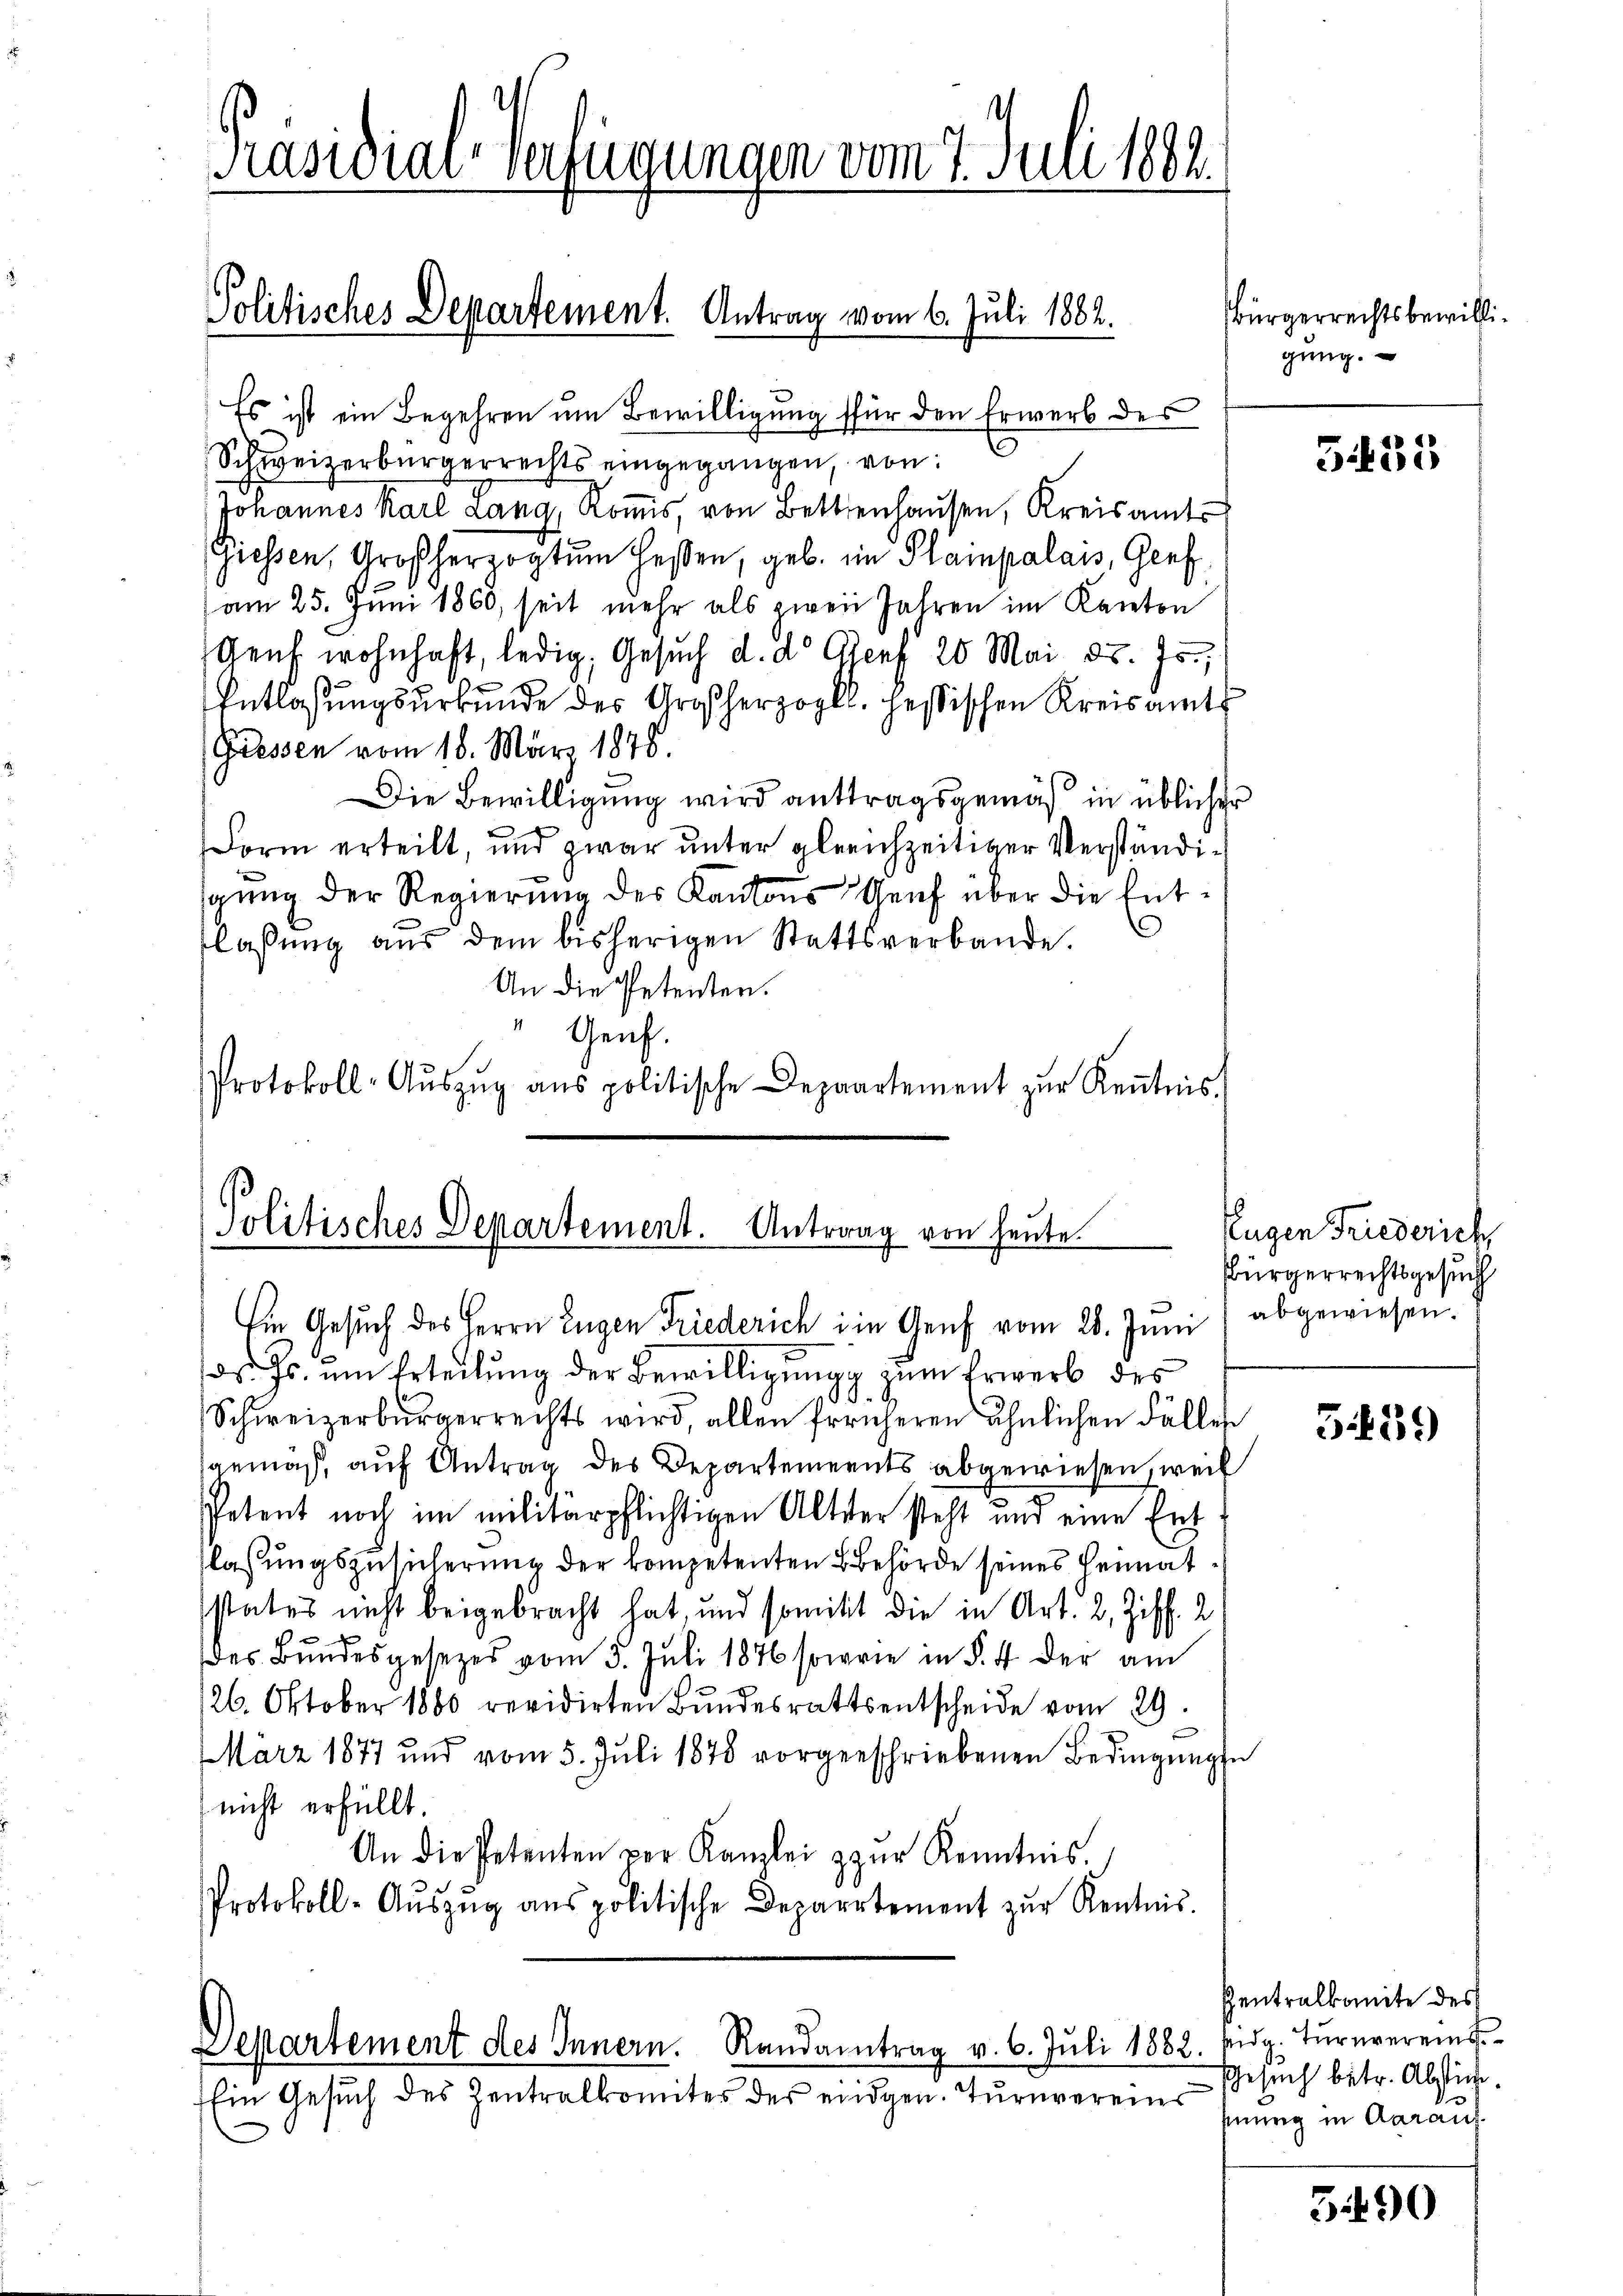
Präsidial-Verfügungen vom 7. Juli 1882.

Politisches Departement. Antrag vom 6. Juli 1882.

Es ist ein Begehren um Bewilligung für den Erwerb des
Schweizerbürgerrechts eingegangen, von
Johannes Karl Lang, Komis, von Bettenhausen, Kreisamts
Giessen, Großherzogtum deßen, geb. im Plainpalais, Genf
am 25. Juni 1860, seit mehr als zwei Jahren im Kanton
Genf wohnhaft, ledig, Gesŭch d. d. Genf 20 Mai d. Js.,
Entlassungsurkunde des Großherzogl. Heßischen Kreisamt
(Gressen vom 18. März 1878.
Die Bewilligung wird anttragsgemäß in üblicher
Form erteilt, und zwar unter gleichzeitiger Verständigŭng der Regierŭng des Kantons Genf über die Entlassung aus dem bisherigen Stattsverbande.
An die Petenten.
" Graf.
Protokoll-Aŭszŭg ans politische Depaartement zŭr Keṅtnis.

d. Js. um Erteilung der Bewilligung zum Erwerb des
Schweizerbürgerrechts wird, allen früheren ähnlichen Fällen
sgemäß, auf Antrag des Departements abgewiesen, weil
Petent noch im militärpflichtigen Alter steht und eine Ent
lassungszusicherung der kompetenten Behörde seines Heimat
sstates nicht beigebracht hat, und somitt die in Art. 2, Ziff. 2
des Bundesgesezes vom 5. Juli 1876 sowie in § 4 der am
126. Oktober 1800 revidirten Bundesrattsentscheide vom 29.
März 1877 und vom 5. Juli 1878 vorgeschriebenen Bedingunge
nicht erfüllt.
An die Petenten per Kanzlei zŭr Kenntnis.
Protokoll-Aŭszŭg ans politische Departement zŭr Kenntnis.

Politisches Departement. Antrag von heute.
Ein Gesuch des Herrn Eugen Friederich in Genf vom 28. Juni / abgewiesen.

Departement des Innern. Randantrag v. 6. Jŭli 1882. pag. Tŭrnvereins
Ein Gesuch des Zentralkomites des eidgen. Turnvereins

Bürgerrechtsbewilligung.

3435

Eugen Friederich
Bürgerrechtsgesuch

3.439

Pentralkomite des
Gesuch betr. Abstimfnung in Aarauf

3490